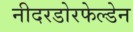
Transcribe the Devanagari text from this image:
नीदरडोरफेल्डेन